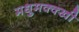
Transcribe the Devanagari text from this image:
मधुमक्क्खी